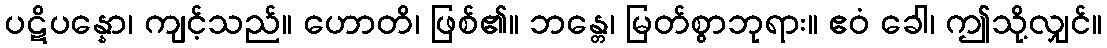
ပဋိပန္နော၊ ကျင့်သည်။ ဟောတိ၊ ဖြစ်၏။ ဘန္တေ၊ မြတ်စွာဘုရား။ ဧဝံ ခေါ၊ ဤသို့လျှင်။